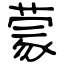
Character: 蒙